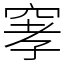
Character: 窙